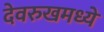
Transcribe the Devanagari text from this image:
देवरुखमध्ये